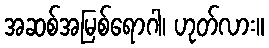
အဆစ်အမြစ်ရောဂါ၊ ဟုတ်လား။